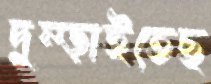
দুম্‌ড়াইতেছ